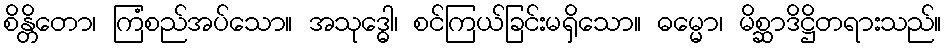
စိန္တိတော၊ ကြံစည်အပ်သော။ အသုဒ္ဓေါ၊ စင်ကြယ်ခြင်းမရှိသော။ ဓမ္မော၊ မိစ္ဆာဒိဋ္ဌိတရားသည်။